Annual report on the mental hospital in the Central Provinces and Berar (Nagpur) - 1927-1951
Year: 1927
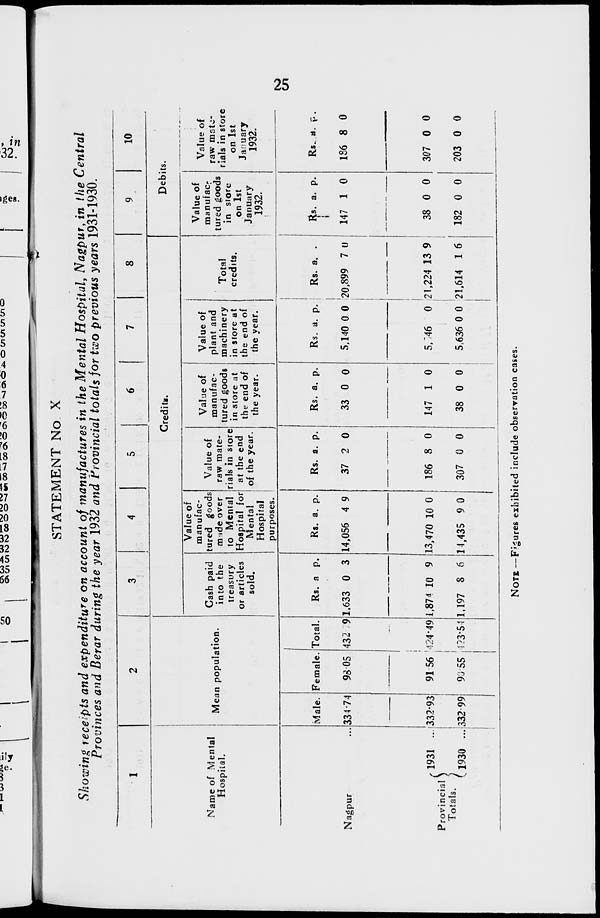
25
STATEMENT No X
Showing receipts and expenditure on account of manufactures in the Mental Hospital, Nagpur, in the Central
Provinces and Berar during the year 1932 and Provincial totals for two previous years 1931-1930.
1
Name of Mental
Hospital.
Nagpur ...
Provincial
Totals.
1931 ...
1930 ...
2
Mean population.
Male.
334.74
332.93
332.99
Female.
98.05
91.56
90.55
Total.
432.79
424.49
123.54
3
4
5
6
7
8
Credits.
Cash paid
into the
treasury
or articles
sold.
Rs.
1,633
1,874
1,197
a
0
10
8
p.
3
9
6
Value of
manufac-
tured goods
made over
to Mental
Hospital for
Mental
Hospital
purposes.
Rs.
14,056
13,470
14,435
a.
4
10
9
p.
9
0
0
Value of
raw mate-
rials in store
at the end
of the year.
Rs.
37
186
307
a.
2
8
0
p.
0
0
0
Value of
manufac-
tured goods
in store at
the end of
the year.
Rs.
33
147
38
a.
0
1
0
p.
0
0
0
Value of
plant and
machinery
in store at
the end of
the year.
Rs.
5,140
5,846
5,636
a.
0
0
0
p.
0
0
0
Total
credits.
Rs.
20,899
21,224
21,614
a.
7
13
1
p.
0
9
6
9
10
Debits.
Value of
manufac-
tured goods
in store
on 1st
January
1932.
Rs.
147
38
182
a.
1
0
0
p.
0
0
0
Value of
raw mate-
rials in store
on 1st
January
1932.
Rs.
186
307
203
a.
8
0
0
p.
0
0
0
NOTE —Figures exhibited include observation cases.